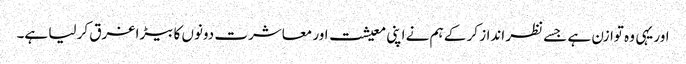
اور یہی وہ توازن ہے جسے نظر انداز کر کے ہم نے اپنی معیشت اور معاشرت دونوں کا بیڑا غرق کر لیا ہے۔